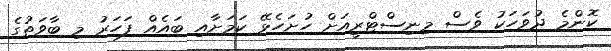
ކޮންމެ ދުވަހަކު ވެސް މިނިސްޓްރީއަށް ހުށަހެޅޭ ކަމަށާއި ބައެއް ފަހަރު މި ބާވަތުގެ